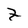
Character: z